Medical and sanitary report of the native army of Madras for the year
Year: 1878
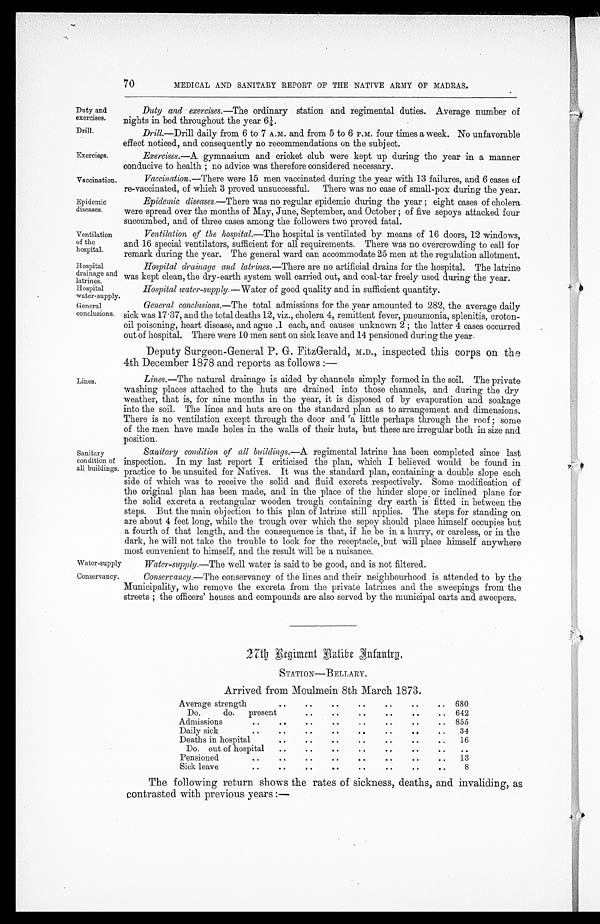
Exercises.
Vaccination.
Duty and
exercises.
Drill.
Epidemic
diseases.
Ventilation
of the
hospital.
70
MEDICAL AND SANITARY REPORT OF THE NATIVE ARMY OF MADRAS.
Duty and exercises. —The ordinary station and regimental duties. Average number of
nights in bed throughout the year 61/4.
Drill.—Drill daily from 6 to 7 A.M. and from 5 to 6 P.M. four times a week. No unfavorable
effect noticed, and consequently no recommendations on the subject.
Exercises. —A gymnasium and cricket club were kept up during the year in a manner
conducive to health ; no advice was therefore considered necessary.
Vaccination. —There were 15 men vaccinated during the year with 13 failures, and 6 cases of
re-vaccinated, of which 3 proved unsuccessful. There was no case of small-pox during the year.
Epidemic diseases —There was no regular epicdemicd u r i n g t h e y e a r ; e i g h t c a s e so
f c h o l e r a
were spread over the months of May, June, September, and October ; of five sepoys attacked four
succumbed, and of three cases among the followers two proved fatal.
Ventilation of the hospital.—The hospital is ventilated by means of 16 doors, 12 windows,
and 16 special ventilators, sufficient for all requirements. There was no overcrowding to call for
remark during the year. The general ward can accommodate 25 men at the regulation allotment.
Hospital
drainage and
latrines.
Hospital
water-supply.
General
conclusions.
Lines.
Sanitary
condition of
all buildings.
Hospital drainage and latrines. —There are no artificial drains for the hospital. The latrine
was kept clean, the dry-earth system well carried out, and coal-tar freely used during the year.
Hospital water-supply.— Water of good quality and in sufficient quantity.
General conclusions .—The total admissions for the year amounted to 282, the average daily
sick was 17.37, and the total deaths 12, viz., cholera 4, remittent fever, pneumonia, splenitis, croton-
oil poisoning, heart disease, and ague .1 each, and causes unknown 2 ; the latter 4 cases occurred
out of hospital. There were 10 men sent on sick leave and 14 pensioned during the year
.
Deputy Surgeon-General P. G. FitzGerald, M.D., inspected this corps on the
4th December 1878 and reports as follows :—
Lines. —The natural drainage is aided by channels simply formed in the soil. The private
washing places attached to the huts are drained into those channels, and during the dry
weather, that is, for nine months in the year, it is disposed of by evaporation and soakage
into the soil. The lines and huts are on the standard plan as to arrangement and dimensions.
There is no ventilation except through the door and a little perhaps through the roof ; some
of the men have made holes in the walls of their huts, but these are irregular both in size and
position.
Sanitary condition of all buildings .—A regimental latrine has been completed since last
inspection. In my last report I criticised the plan, which I believed would be found in
practice to be unsuited for Natives. It was the standard plan, containing a double slope each
side of which was to receive the solid and fluid excreta respectively. Some modification of
the original plan has been made, and in the place of the hinder slope or inclined plane for
the solid excreta a rectangular wooden trough containing dry earth is fitted in between the
steps. But the main objection to this plan of latrine still applies. The steps for standing on
are about 4 feet long, while the trough over which the sepoy should place himself occupies but
a fourth of that length, and the consequence is that, if he be in a hurry, or careless, or in the
dark, he will not take the trouble to look for the receptacle, but will place himself anywhere
most convenient to himself. and the result will be a nuisance.
Water-supply.
Water-supply .—The well water is said to be good, and is not filtered.
Conservancy.
Conservancy. —The conservancy of the lines and their neighbourhood is attended to by the
Municipality, who remove the excreta from the private latrines and the sweepings from the
streets ; the officers' houses and compounds are also served by the municipal carts and sweepers.
27th Regiment Hatibe Infantry.
STATION—BELLARY.
Arrived from Moulmein 8th March 1873.
Average strength
..
..
..
..
..
..
.. 680
Do.
do.
present ..
..
..
..
..
..
.. 642
Admissions
..
..
..
..
..
..
..
.. 855
Daily sick...
..
..
..
..
..
..
..
34
Deaths in hospital
..
..
..
..
..
..
..
16
Do. out of hospital
..
..
..
..
..
..
..
..
Pensioned. ..
..
..
..
..
..
..
..
13
Sick leave. ..
..
..
..
..
..
..
.
8
The following return shows the rates of sickness, deaths, and invaliding, as
contrasted with previous years :—